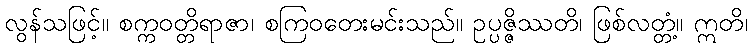
လွန်သဖြင့်။ စက္ကဝတ္တိရာဇာ၊ စကြဝတေးမင်းသည်။ ဥပ္ပဇ္ဇိဿတိ၊ ဖြစ်လတ္တံ့။ ဣတိ၊